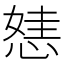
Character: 㥨